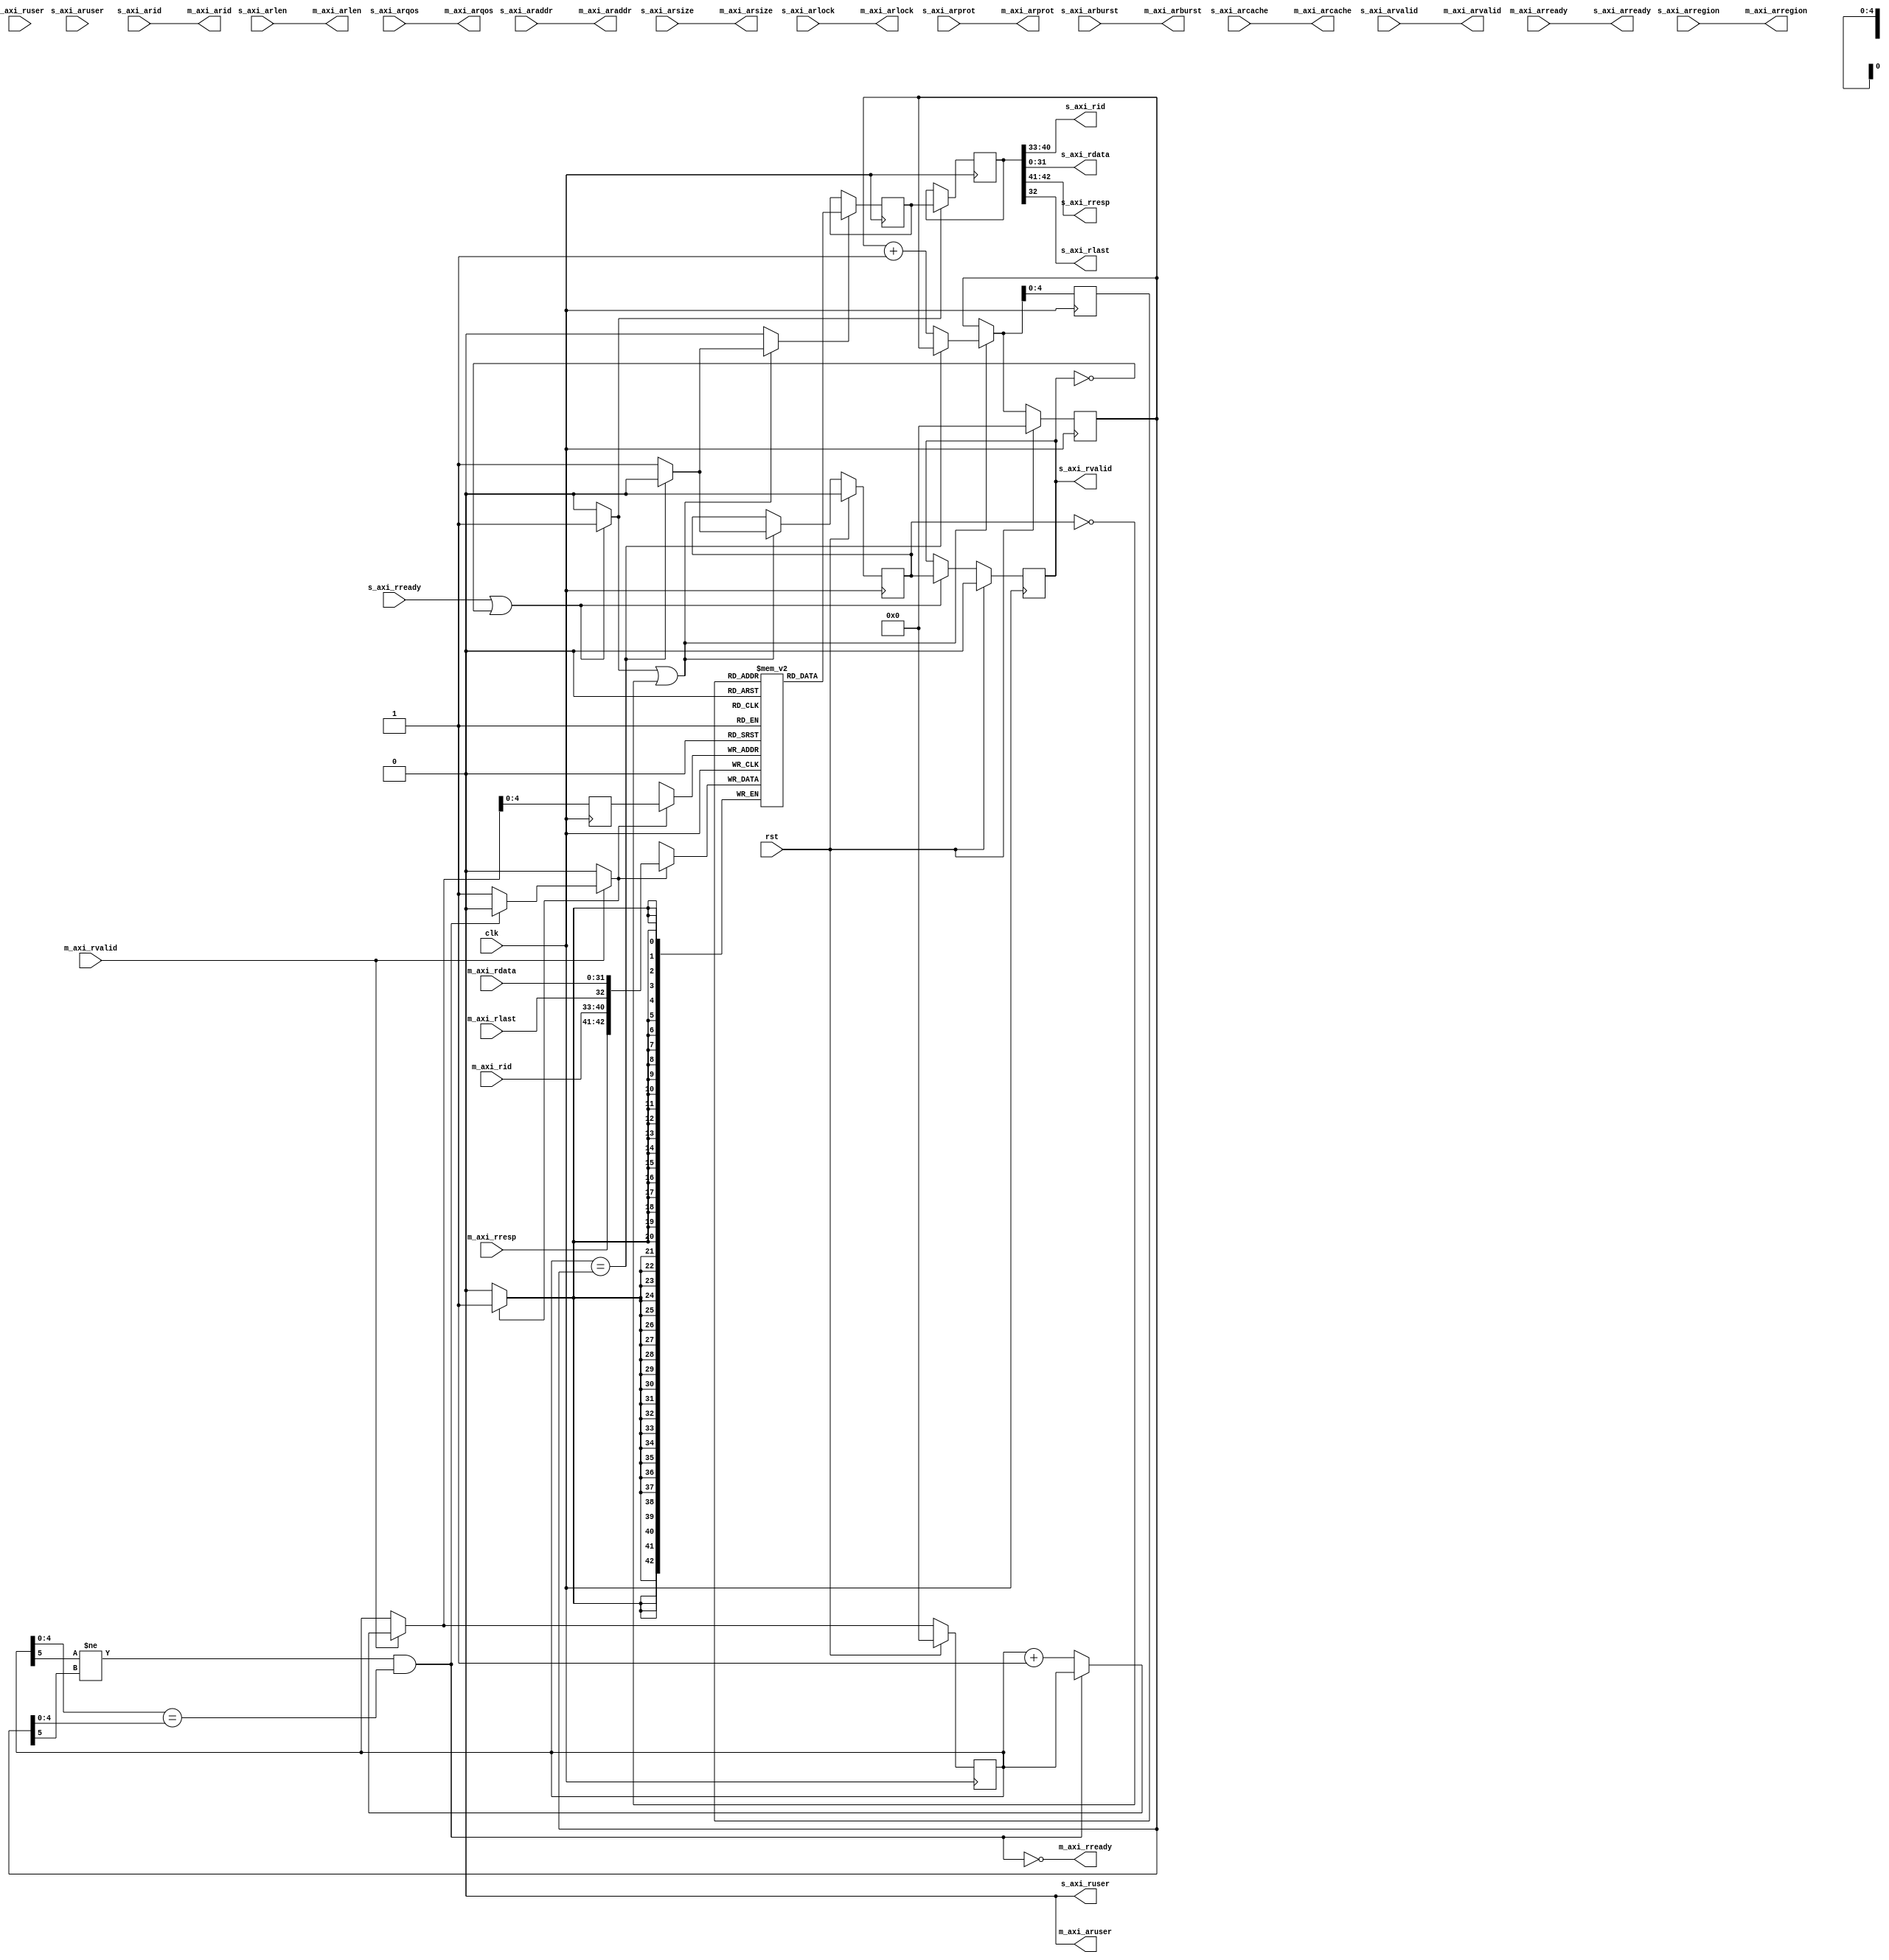
/*

Copyright (c) 2018 Alex Forencich

Permission is hereby granted, free of charge, to any person obtaining a copy
of this software and associated documentation files (the "Software"), to deal
in the Software without restriction, including without limitation the rights
to use, copy, modify, merge, publish, distribute, sublicense, and/or sell
copies of the Software, and to permit persons to whom the Software is
furnished to do so, subject to the following conditions:

The above copyright notice and this permission notice shall be included in
all copies or substantial portions of the Software.

THE SOFTWARE IS PROVIDED "AS IS", WITHOUT WARRANTY OF ANY KIND, EXPRESS OR
IMPLIED, INCLUDING BUT NOT LIMITED TO THE WARRANTIES OF MERCHANTABILITY
FITNESS FOR A PARTICULAR PURPOSE AND NONINFRINGEMENT. IN NO EVENT SHALL THE
AUTHORS OR COPYRIGHT HOLDERS BE LIABLE FOR ANY CLAIM, DAMAGES OR OTHER
LIABILITY, WHETHER IN AN ACTION OF CONTRACT, TORT OR OTHERWISE, ARISING FROM,
OUT OF OR IN CONNECTION WITH THE SOFTWARE OR THE USE OR OTHER DEALINGS IN
THE SOFTWARE.

*/

// Language: Verilog 2001

`resetall
`timescale 1ns / 1ps
`default_nettype none

/*
 * AXI4 FIFO (read)
 */
module axi_fifo_rd #
(
    // Width of data bus in bits
    parameter DATA_WIDTH = 32,
    // Width of address bus in bits
    parameter ADDR_WIDTH = 32,
    // Width of wstrb (width of data bus in words)
    parameter STRB_WIDTH = (DATA_WIDTH/8),
    // Width of ID signal
    parameter ID_WIDTH = 8,
    // Propagate aruser signal
    parameter ARUSER_ENABLE = 0,
    // Width of aruser signal
    parameter ARUSER_WIDTH = 1,
    // Propagate ruser signal
    parameter RUSER_ENABLE = 0,
    // Width of ruser signal
    parameter RUSER_WIDTH = 1,
    // Read data FIFO depth (cycles)
    parameter FIFO_DEPTH = 32,
    // Hold read address until space available in FIFO for data, if possible
    parameter FIFO_DELAY = 0
)
(
    input  wire                     clk,
    input  wire                     rst,

    /*
     * AXI slave interface
     */
    input  wire [ID_WIDTH-1:0]      s_axi_arid,
    input  wire [ADDR_WIDTH-1:0]    s_axi_araddr,
    input  wire [7:0]               s_axi_arlen,
    input  wire [2:0]               s_axi_arsize,
    input  wire [1:0]               s_axi_arburst,
    input  wire                     s_axi_arlock,
    input  wire [3:0]               s_axi_arcache,
    input  wire [2:0]               s_axi_arprot,
    input  wire [3:0]               s_axi_arqos,
    input  wire [3:0]               s_axi_arregion,
    input  wire [ARUSER_WIDTH-1:0]  s_axi_aruser,
    input  wire                     s_axi_arvalid,
    output wire                     s_axi_arready,
    output wire [ID_WIDTH-1:0]      s_axi_rid,
    output wire [DATA_WIDTH-1:0]    s_axi_rdata,
    output wire [1:0]               s_axi_rresp,
    output wire                     s_axi_rlast,
    output wire [RUSER_WIDTH-1:0]   s_axi_ruser,
    output wire                     s_axi_rvalid,
    input  wire                     s_axi_rready,

    /*
     * AXI master interface
     */
    output wire [ID_WIDTH-1:0]      m_axi_arid,
    output wire [ADDR_WIDTH-1:0]    m_axi_araddr,
    output wire [7:0]               m_axi_arlen,
    output wire [2:0]               m_axi_arsize,
    output wire [1:0]               m_axi_arburst,
    output wire                     m_axi_arlock,
    output wire [3:0]               m_axi_arcache,
    output wire [2:0]               m_axi_arprot,
    output wire [3:0]               m_axi_arqos,
    output wire [3:0]               m_axi_arregion,
    output wire [ARUSER_WIDTH-1:0]  m_axi_aruser,
    output wire                     m_axi_arvalid,
    input  wire                     m_axi_arready,
    input  wire [ID_WIDTH-1:0]      m_axi_rid,
    input  wire [DATA_WIDTH-1:0]    m_axi_rdata,
    input  wire [1:0]               m_axi_rresp,
    input  wire                     m_axi_rlast,
    input  wire [RUSER_WIDTH-1:0]   m_axi_ruser,
    input  wire                     m_axi_rvalid,
    output wire                     m_axi_rready
);

parameter LAST_OFFSET  = DATA_WIDTH;
parameter ID_OFFSET    = LAST_OFFSET + 1;
parameter RESP_OFFSET  = ID_OFFSET + ID_WIDTH;
parameter RUSER_OFFSET = RESP_OFFSET + 2;
parameter RWIDTH       = RUSER_OFFSET + (RUSER_ENABLE ? RUSER_WIDTH : 0);

parameter FIFO_ADDR_WIDTH = $clog2(FIFO_DEPTH);

reg [FIFO_ADDR_WIDTH:0] wr_ptr_reg = {FIFO_ADDR_WIDTH+1{1'b0}}, wr_ptr_next;
reg [FIFO_ADDR_WIDTH:0] wr_addr_reg = {FIFO_ADDR_WIDTH+1{1'b0}};
reg [FIFO_ADDR_WIDTH:0] rd_ptr_reg = {FIFO_ADDR_WIDTH+1{1'b0}}, rd_ptr_next;
reg [FIFO_ADDR_WIDTH:0] rd_addr_reg = {FIFO_ADDR_WIDTH+1{1'b0}};

(* ramstyle = "no_rw_check" *)
reg [RWIDTH-1:0] mem[(2**FIFO_ADDR_WIDTH)-1:0];
reg [RWIDTH-1:0] mem_read_data_reg;
reg mem_read_data_valid_reg = 1'b0, mem_read_data_valid_next;

wire [RWIDTH-1:0] m_axi_r;

reg [RWIDTH-1:0] s_axi_r_reg;
reg s_axi_rvalid_reg = 1'b0, s_axi_rvalid_next;

// full when first MSB different but rest same
wire full = ((wr_ptr_reg[FIFO_ADDR_WIDTH] != rd_ptr_reg[FIFO_ADDR_WIDTH]) &&
             (wr_ptr_reg[FIFO_ADDR_WIDTH-1:0] == rd_ptr_reg[FIFO_ADDR_WIDTH-1:0]));
// empty when pointers match exactly
wire empty = wr_ptr_reg == rd_ptr_reg;

// control signals
reg write;
reg read;
reg store_output;

assign m_axi_rready = !full;

generate
    assign m_axi_r[DATA_WIDTH-1:0] = m_axi_rdata;
    assign m_axi_r[LAST_OFFSET] = m_axi_rlast;
    assign m_axi_r[ID_OFFSET +: ID_WIDTH] = m_axi_rid;
    assign m_axi_r[RESP_OFFSET +: 2] = m_axi_rresp;
    if (RUSER_ENABLE) assign m_axi_r[RUSER_OFFSET +: RUSER_WIDTH] = m_axi_ruser;
endgenerate

generate

if (FIFO_DELAY) begin
    // store AR channel value until there is enough space to store R channel burst in FIFO or FIFO is empty

    localparam COUNT_WIDTH = (FIFO_ADDR_WIDTH > 8 ? FIFO_ADDR_WIDTH : 8) + 1;

    localparam [1:0]
        STATE_IDLE = 1'd0,
        STATE_WAIT = 1'd1;

    reg [1:0] state_reg = STATE_IDLE, state_next;

    reg [COUNT_WIDTH-1:0] count_reg = 0, count_next;

    reg [ID_WIDTH-1:0] m_axi_arid_reg = {ID_WIDTH{1'b0}}, m_axi_arid_next;
    reg [ADDR_WIDTH-1:0] m_axi_araddr_reg = {ADDR_WIDTH{1'b0}}, m_axi_araddr_next;
    reg [7:0] m_axi_arlen_reg = 8'd0, m_axi_arlen_next;
    reg [2:0] m_axi_arsize_reg = 3'd0, m_axi_arsize_next;
    reg [1:0] m_axi_arburst_reg = 2'd0, m_axi_arburst_next;
    reg m_axi_arlock_reg = 1'b0, m_axi_arlock_next;
    reg [3:0] m_axi_arcache_reg = 4'd0, m_axi_arcache_next;
    reg [2:0] m_axi_arprot_reg = 3'd0, m_axi_arprot_next;
    reg [3:0] m_axi_arqos_reg = 4'd0, m_axi_arqos_next;
    reg [3:0] m_axi_arregion_reg = 4'd0, m_axi_arregion_next;
    reg [ARUSER_WIDTH-1:0] m_axi_aruser_reg = {ARUSER_WIDTH{1'b0}}, m_axi_aruser_next;
    reg m_axi_arvalid_reg = 1'b0, m_axi_arvalid_next;

    reg s_axi_arready_reg = 1'b0, s_axi_arready_next;

    assign m_axi_arid = m_axi_arid_reg;
    assign m_axi_araddr = m_axi_araddr_reg;
    assign m_axi_arlen = m_axi_arlen_reg;
    assign m_axi_arsize = m_axi_arsize_reg;
    assign m_axi_arburst = m_axi_arburst_reg;
    assign m_axi_arlock = m_axi_arlock_reg;
    assign m_axi_arcache = m_axi_arcache_reg;
    assign m_axi_arprot = m_axi_arprot_reg;
    assign m_axi_arqos = m_axi_arqos_reg;
    assign m_axi_arregion = m_axi_arregion_reg;
    assign m_axi_aruser = ARUSER_ENABLE ? m_axi_aruser_reg : {ARUSER_WIDTH{1'b0}};
    assign m_axi_arvalid = m_axi_arvalid_reg;

    assign s_axi_arready = s_axi_arready_reg;

    always @* begin
        state_next = STATE_IDLE;

        count_next = count_reg;

        m_axi_arid_next = m_axi_arid_reg;
        m_axi_araddr_next = m_axi_araddr_reg;
        m_axi_arlen_next = m_axi_arlen_reg;
        m_axi_arsize_next = m_axi_arsize_reg;
        m_axi_arburst_next = m_axi_arburst_reg;
        m_axi_arlock_next = m_axi_arlock_reg;
        m_axi_arcache_next = m_axi_arcache_reg;
        m_axi_arprot_next = m_axi_arprot_reg;
        m_axi_arqos_next = m_axi_arqos_reg;
        m_axi_arregion_next = m_axi_arregion_reg;
        m_axi_aruser_next = m_axi_aruser_reg;
        m_axi_arvalid_next = m_axi_arvalid_reg && !m_axi_arready;
        s_axi_arready_next = s_axi_arready_reg;

        case (state_reg)
            STATE_IDLE: begin
                s_axi_arready_next = !m_axi_arvalid || m_axi_arready;

                if (s_axi_arready && s_axi_arvalid) begin
                    s_axi_arready_next = 1'b0;

                    m_axi_arid_next = s_axi_arid;
                    m_axi_araddr_next = s_axi_araddr;
                    m_axi_arlen_next = s_axi_arlen;
                    m_axi_arsize_next = s_axi_arsize;
                    m_axi_arburst_next = s_axi_arburst;
                    m_axi_arlock_next = s_axi_arlock;
                    m_axi_arcache_next = s_axi_arcache;
                    m_axi_arprot_next = s_axi_arprot;
                    m_axi_arqos_next = s_axi_arqos;
                    m_axi_arregion_next = s_axi_arregion;
                    m_axi_aruser_next = s_axi_aruser;

                    if (count_reg == 0 || count_reg + m_axi_arlen_next + 1 <= 2**FIFO_ADDR_WIDTH) begin
                        count_next = count_reg + m_axi_arlen_next + 1;
                        m_axi_arvalid_next = 1'b1;
                        s_axi_arready_next = 1'b0;
                        state_next = STATE_IDLE;
                    end else begin
                        s_axi_arready_next = 1'b0;
                        state_next = STATE_WAIT;
                    end
                end else begin
                    state_next = STATE_IDLE;
                end
            end
            STATE_WAIT: begin
                s_axi_arready_next = 1'b0;

                if (count_reg == 0 || count_reg + m_axi_arlen_reg + 1 <= 2**FIFO_ADDR_WIDTH) begin
                    count_next = count_reg + m_axi_arlen_reg + 1;
                    m_axi_arvalid_next = 1'b1;
                    state_next = STATE_IDLE;
                end else begin
                    state_next = STATE_WAIT;
                end
            end
        endcase

        if (s_axi_rready && s_axi_rvalid) begin
            count_next = count_next - 1;
        end
    end

    always @(posedge clk) begin
        state_reg <= state_next;
        count_reg <= count_next;

        m_axi_arid_reg <= m_axi_arid_next;
        m_axi_araddr_reg <= m_axi_araddr_next;
        m_axi_arlen_reg <= m_axi_arlen_next;
        m_axi_arsize_reg <= m_axi_arsize_next;
        m_axi_arburst_reg <= m_axi_arburst_next;
        m_axi_arlock_reg <= m_axi_arlock_next;
        m_axi_arcache_reg <= m_axi_arcache_next;
        m_axi_arprot_reg <= m_axi_arprot_next;
        m_axi_arqos_reg <= m_axi_arqos_next;
        m_axi_arregion_reg <= m_axi_arregion_next;
        m_axi_aruser_reg <= m_axi_aruser_next;
        m_axi_arvalid_reg <= m_axi_arvalid_next;
        s_axi_arready_reg <= s_axi_arready_next;

        if (rst) begin
            state_reg <= STATE_IDLE;
            count_reg <= {COUNT_WIDTH{1'b0}};
            m_axi_arvalid_reg <= 1'b0;
            s_axi_arready_reg <= 1'b0;
        end
    end
end else begin
    // bypass AR channel
    assign m_axi_arid = s_axi_arid;
    assign m_axi_araddr = s_axi_araddr;
    assign m_axi_arlen = s_axi_arlen;
    assign m_axi_arsize = s_axi_arsize;
    assign m_axi_arburst = s_axi_arburst;
    assign m_axi_arlock = s_axi_arlock;
    assign m_axi_arcache = s_axi_arcache;
    assign m_axi_arprot = s_axi_arprot;
    assign m_axi_arqos = s_axi_arqos;
    assign m_axi_arregion = s_axi_arregion;
    assign m_axi_aruser = ARUSER_ENABLE ? s_axi_aruser : {ARUSER_WIDTH{1'b0}};
    assign m_axi_arvalid = s_axi_arvalid;
    assign s_axi_arready = m_axi_arready;
end

endgenerate

assign s_axi_rvalid = s_axi_rvalid_reg;

assign s_axi_rdata = s_axi_r_reg[DATA_WIDTH-1:0];
assign s_axi_rlast = s_axi_r_reg[LAST_OFFSET];
assign s_axi_rid   = s_axi_r_reg[ID_OFFSET +: ID_WIDTH];
assign s_axi_rresp = s_axi_r_reg[RESP_OFFSET +: 2];
assign s_axi_ruser = RUSER_ENABLE ? s_axi_r_reg[RUSER_OFFSET +: RUSER_WIDTH] : {RUSER_WIDTH{1'b0}};

// Write logic
always @* begin
    write = 1'b0;

    wr_ptr_next = wr_ptr_reg;

    if (m_axi_rvalid) begin
        // input data valid
        if (!full) begin
            // not full, perform write
            write = 1'b1;
            wr_ptr_next = wr_ptr_reg + 1;
        end
    end
end

always @(posedge clk) begin
    wr_ptr_reg <= wr_ptr_next;
    wr_addr_reg <= wr_ptr_next;

    if (write) begin
        mem[wr_addr_reg[FIFO_ADDR_WIDTH-1:0]] <= m_axi_r;
    end

    if (rst) begin
        wr_ptr_reg <= {FIFO_ADDR_WIDTH+1{1'b0}};
    end
end

// Read logic
always @* begin
    read = 1'b0;

    rd_ptr_next = rd_ptr_reg;

    mem_read_data_valid_next = mem_read_data_valid_reg;

    if (store_output || !mem_read_data_valid_reg) begin
        // output data not valid OR currently being transferred
        if (!empty) begin
            // not empty, perform read
            read = 1'b1;
            mem_read_data_valid_next = 1'b1;
            rd_ptr_next = rd_ptr_reg + 1;
        end else begin
            // empty, invalidate
            mem_read_data_valid_next = 1'b0;
        end
    end
end

always @(posedge clk) begin
    rd_ptr_reg <= rd_ptr_next;
    rd_addr_reg <= rd_ptr_next;

    mem_read_data_valid_reg <= mem_read_data_valid_next;

    if (read) begin
        mem_read_data_reg <= mem[rd_addr_reg[FIFO_ADDR_WIDTH-1:0]];
    end

    if (rst) begin
        rd_ptr_reg <= {FIFO_ADDR_WIDTH+1{1'b0}};
        mem_read_data_valid_reg <= 1'b0;
    end
end

// Output register
always @* begin
    store_output = 1'b0;

    s_axi_rvalid_next = s_axi_rvalid_reg;

    if (s_axi_rready || !s_axi_rvalid) begin
        store_output = 1'b1;
        s_axi_rvalid_next = mem_read_data_valid_reg;
    end
end

always @(posedge clk) begin
    s_axi_rvalid_reg <= s_axi_rvalid_next;

    if (store_output) begin
        s_axi_r_reg <= mem_read_data_reg;
    end

    if (rst) begin
        s_axi_rvalid_reg <= 1'b0;
    end
end

endmodule

`resetall